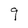
Character: 9